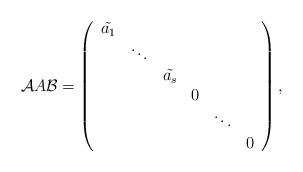
LaTeX: \begin{align*}\mathcal{A}A\mathcal{B}=\left( \begin{array}{cccccc} \tilde{a_1} & & & & & \\ & \ddots & & & & \\ & & \tilde{a_s} & & & \\ & & & 0 & & \\ & & & & \ddots & \\ & & & & & 0 \end{array} \right), \end{align*}